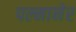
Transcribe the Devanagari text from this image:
पल्मानेर